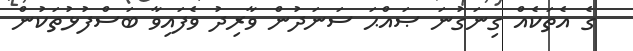
ގެ އެތަކެއް ގިނަގުނަ ޞައްޙަ ސަނަދުން ވާރިދު ވެފައިވާ ބަސްފުޅުތަކުން